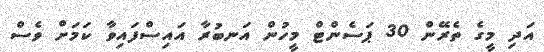
އަދި މީގެ ތެރޭން 30 ޕަސެންޓް މީހުން އަނބުރާ އައިސްފައިވާ ކަމަށް ވެސް